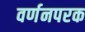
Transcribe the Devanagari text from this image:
वर्णनपरक